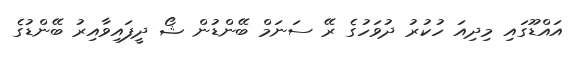
އައްޑޫގައި މިދިއަ ހުކުރު ދުވަހުގެ ރޭ ސަނަމް ބޭންޑުން ޝޯ ދީފައިވާއިރު ބޭންޑުގެ